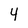
Character: 4